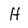
Character: H